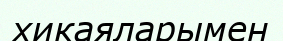
хикаяларымен